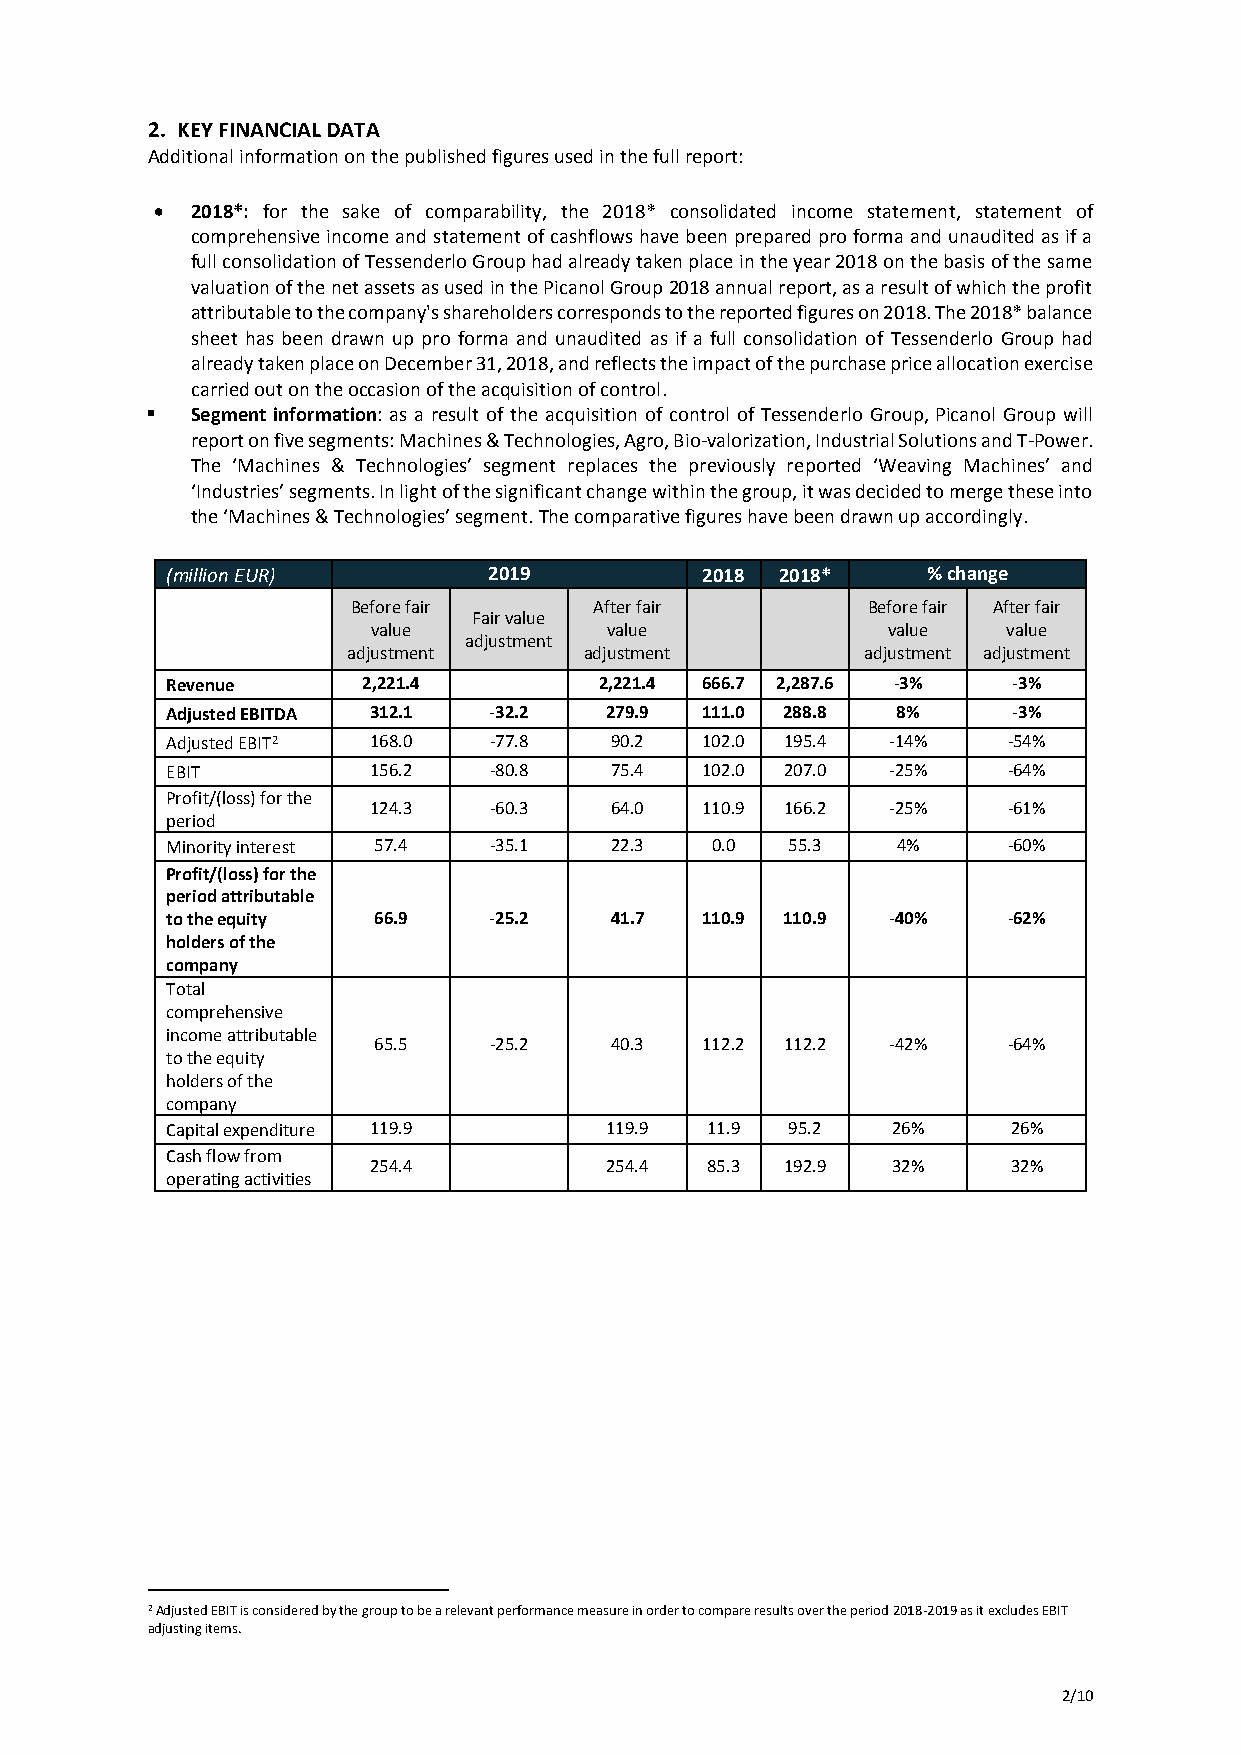
2. KEY FINANCIAL DATA
 Additional information on the published figures used in the full report:
 •  2018*: for the sake of comparability, the 2018* consolidated income statement, statement of
 comprehensive income and statement of cashflows have been prepared pro forma and unaudited as if a
 full consolidation of Tessenderlo Group had already taken place in the year 2018 on the basis of the same
 valuation of the net assets as used in the Picanol Group 2018 annual report, as a result of which the profit
 attributable to the company's shareholders corresponds to the reported figures on 2018. The 2018* balance
 sheet has been drawn up pro forma and unaudited as if a full consolidation of Tessenderlo Group had
 already taken place on December 31, 2018, and reflects the impact of the purchase price allocation exercise
 carried out on the occasion of the acquisition of control.
 ▪  Segment information: as a result of the acquisition of control of Tessenderlo Group, Picanol Group will
 report on five segments: Machines & Technologies, Agro, Bio-valorization, Industrial Solutions and T-Power.
 The ‘Machines & Technologies’ segment replaces the previously reported ‘Weaving Machines’ and
 ‘Industries’ segments. In light of the significant change within the group, it was decided to merge these into
 the ‘Machines & Technologies’ segment. The comparative figures have been drawn up accordingly.
 (million EUR)        2019          2018  2018*    % change
 Before fair     After fair        Before fair After fair
 Fair value
 value          value              value   value
 adjustment
 adjustment      adjustment        adjustment adjustment
 Revenue      2,221.4         2,221.4 666.7 2,287.6 -3%  -3%
 Adjusted EBITDA 312.1 -32.2  279.9 111.0 288.8  8%      -3%
 Adjusted EBIT2 168.0 -77.8   90.2  102.0 195.4  -14%    -54%
 EBIT         156.2   -80.8   75.4  102.0 207.0  -25%    -64%
 Profit/(loss) for the
 124.3   -60.3   64.0  110.9 166.2  -25%    -61%
 period
 Minority interest 57.4 -35.1 22.3   0.0  55.3   4%      -60%
 Profit/(loss) for the
 period attributable
 to the equity 66.9   -25.2   41.7  110.9 110.9  -40%    -62%
 holders of the
 company
 Total
 comprehensive
 income attributable
 65.5   -25.2   40.3  112.2 112.2  -42%    -64%
 to the equity
 holders of the
 company
 Capital expenditure 119.9    119.9  11.9 95.2   26%     26%
 Cash flow from
 254.4           254.4  85.3 192.9  32%     32%
 operating activities
 2 Adjusted EBIT is considered by the group to be a relevant performance measure in order to compare results over the period 2018-2019 as it excludes EBIT
 adjusting items.
 2/10